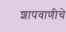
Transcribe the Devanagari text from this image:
शापवाणीचे